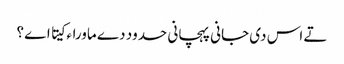
تے اس د‏ی جانی پہچانی حدود دے ماوراء کیتا اے ؟